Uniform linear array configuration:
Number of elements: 8
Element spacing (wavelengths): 0.25
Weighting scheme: uniform
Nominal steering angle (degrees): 0
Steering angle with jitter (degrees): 0.1448
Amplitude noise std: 0.05
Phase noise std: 0.05

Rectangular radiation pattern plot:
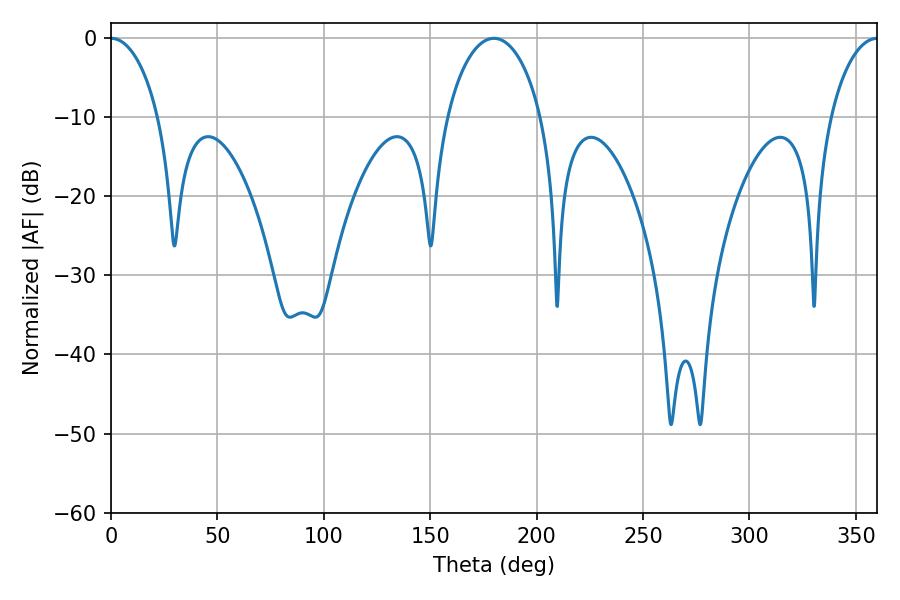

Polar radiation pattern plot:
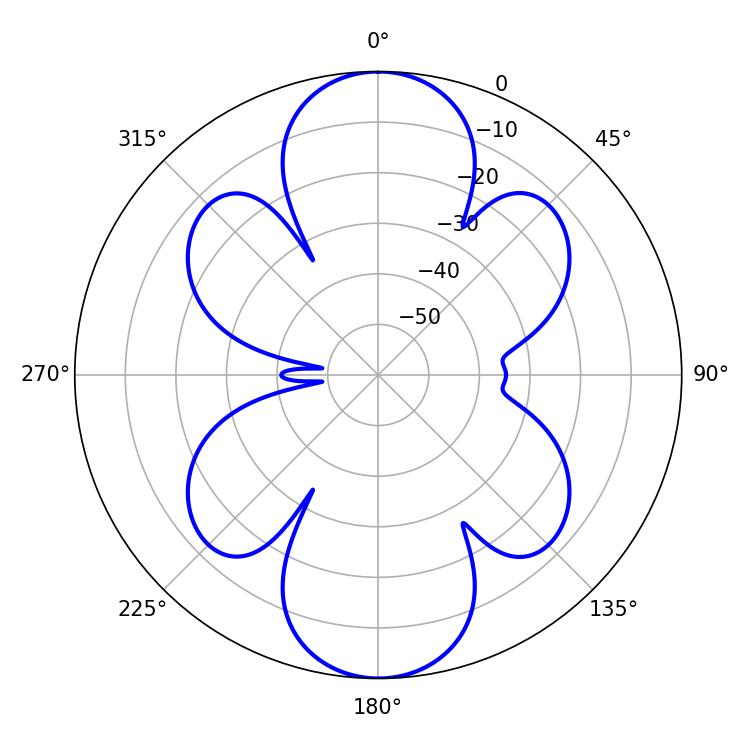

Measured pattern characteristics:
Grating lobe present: FALSE
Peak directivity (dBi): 28.598
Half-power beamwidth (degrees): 12.78
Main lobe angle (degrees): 0